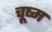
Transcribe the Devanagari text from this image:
चूष्म